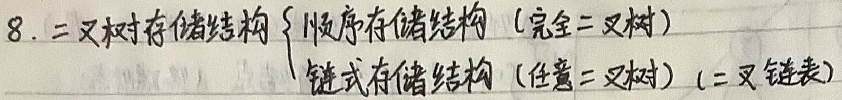
8. 二叉树存储结构
\(\begin{cases}
\text{顺序存储结构（完全二叉树）} \\
\text{链式存储结构（任意二叉树）（二叉链表）}
\end{cases}\)